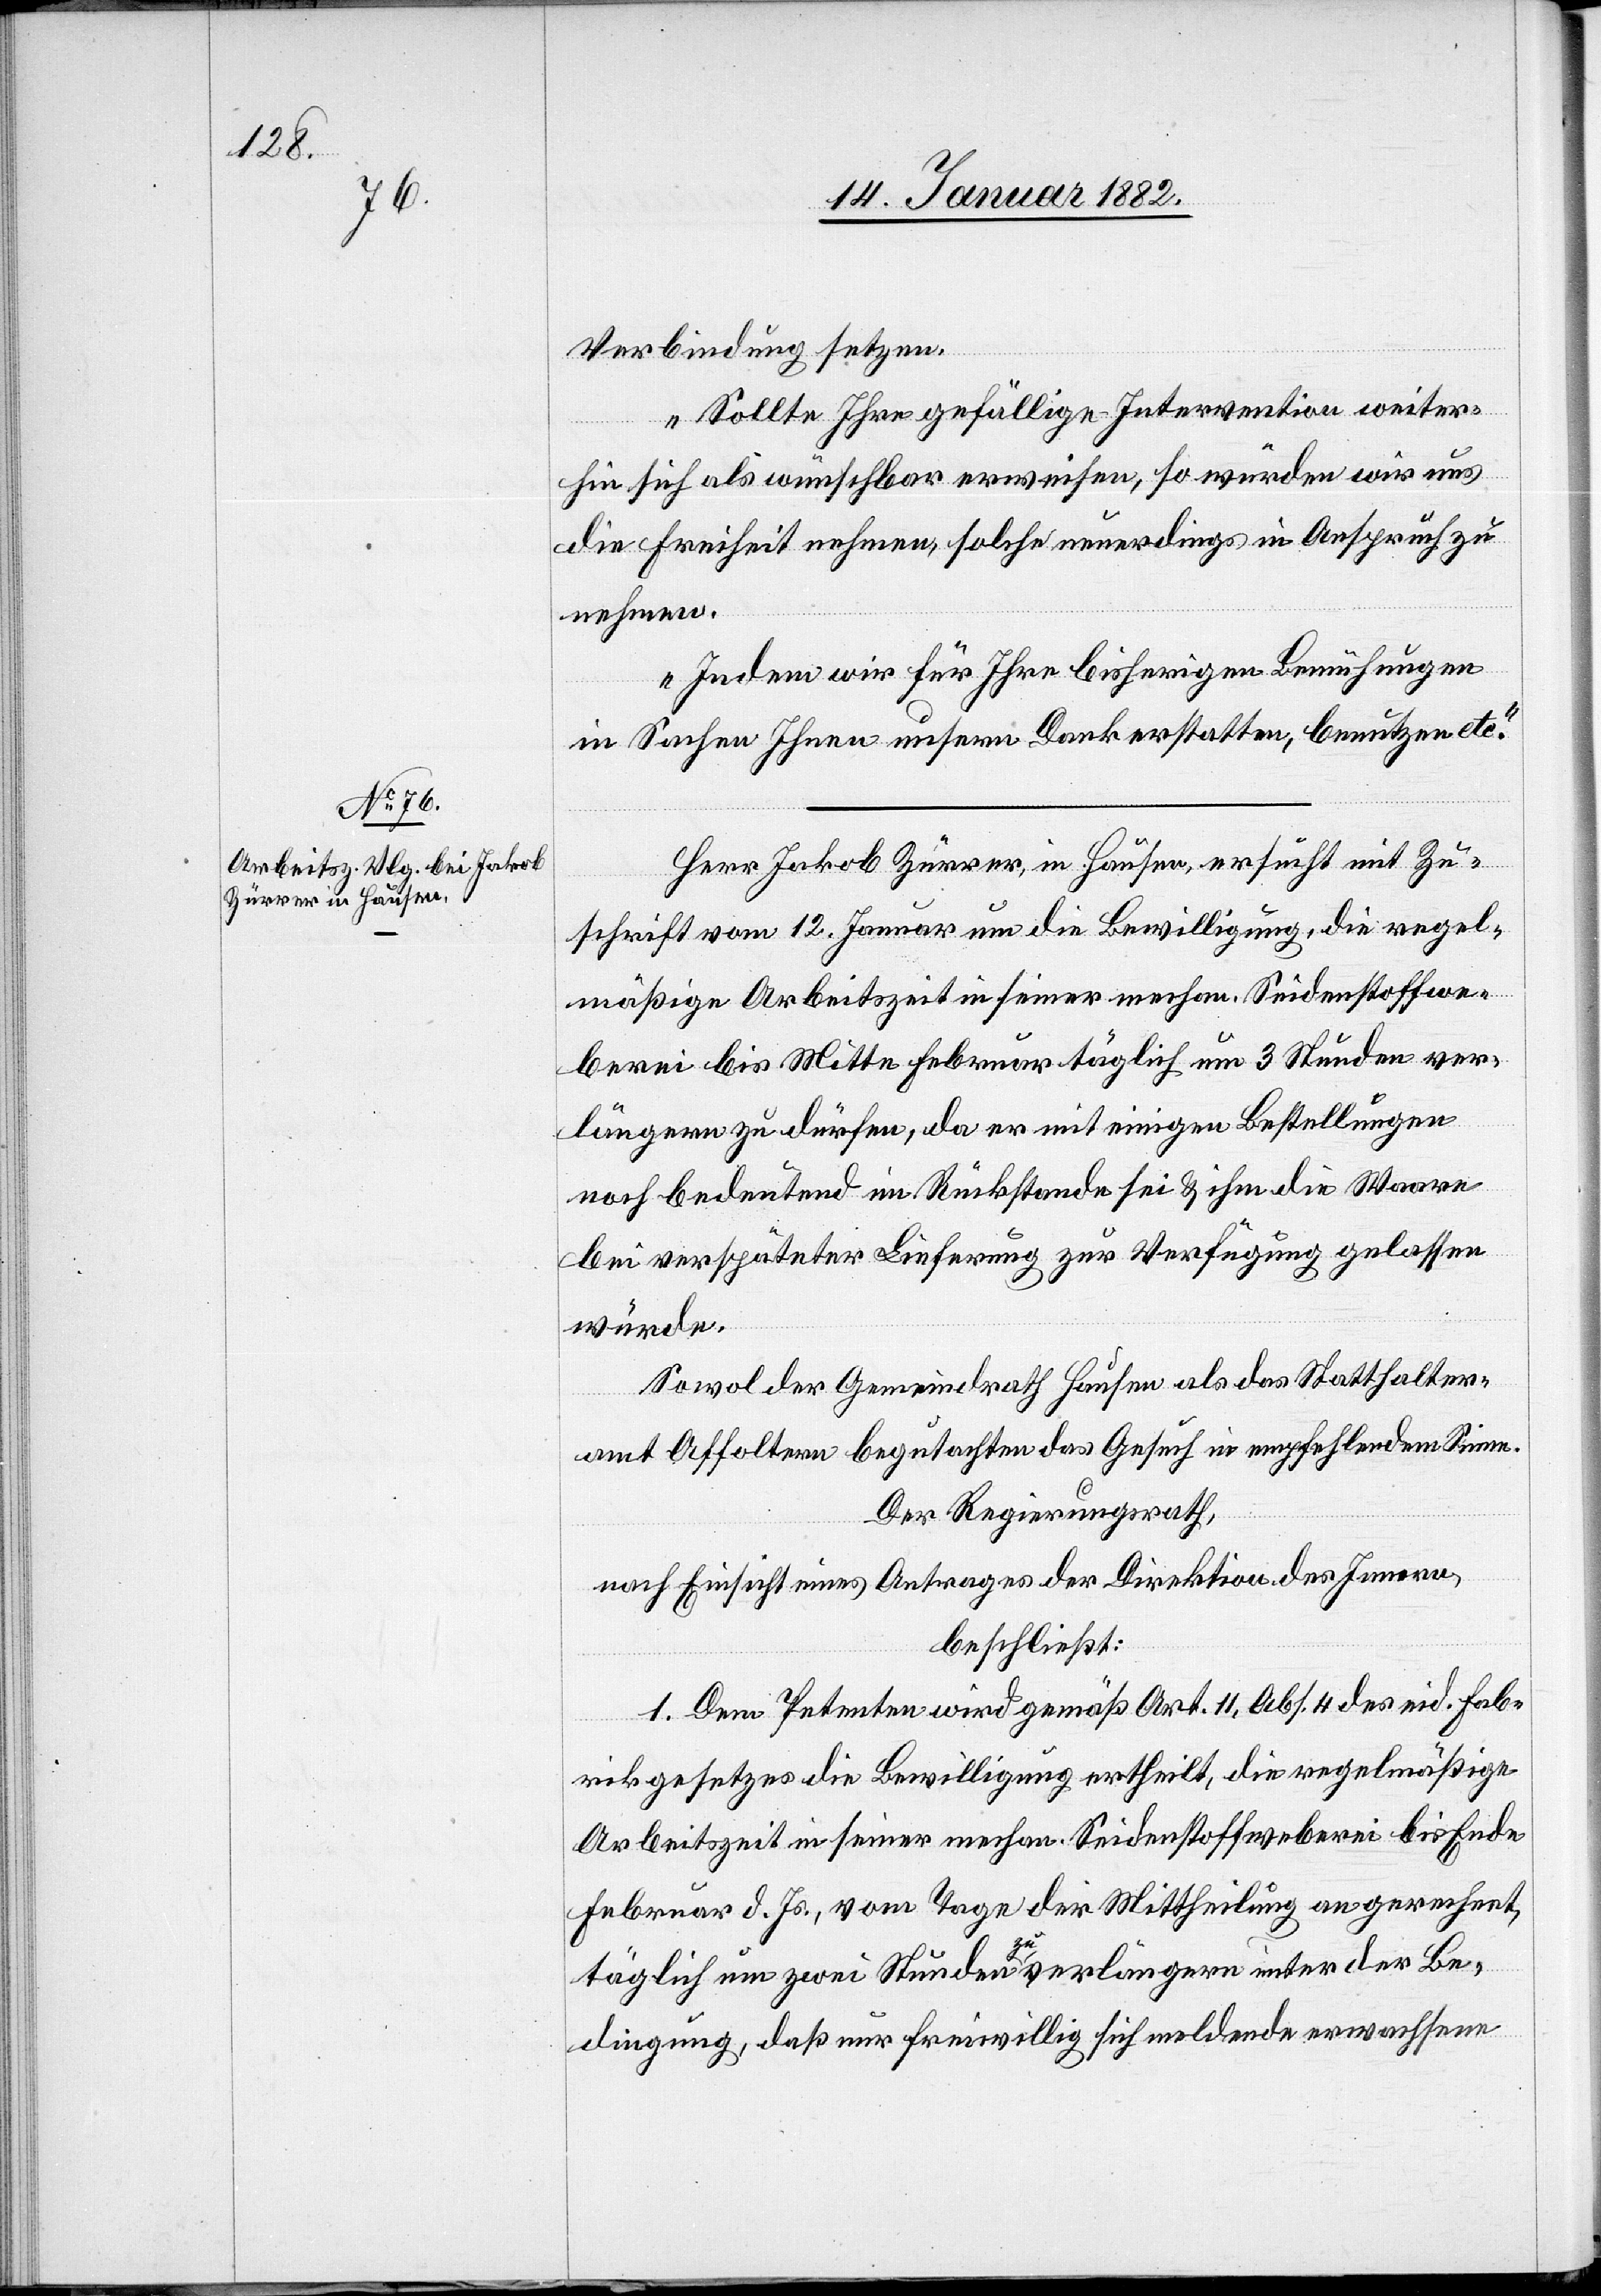
17. Januar 1882]
Verbindung setzen.
Sollte Ihre gefällige Intervention weiter¬
hin sich als wünschbar erweisen, so würden wir uns
die Freiheit nehmen, solche neuerdings in Anspruch zu
nehmen.
Indem wir für Ihre bisherigen Bemühungen
in Sachen Ihnen unseren Dank erstatten, benutzen etc.“
Herr Jakob Zürrer, in Hausen, ersucht mit Zu¬
schrift vom 12. Januar um die Bewilligung, die regel¬
mäßige Arbeitszeit in seiner mechan. Seidenstoffwe¬
berei bis Mitte Februar täglich um 3 Stunden ver¬
längern zu dürfen, da er mit einigen Bestellungen
noch bedeutend im Rückstande sei & ihm die Waare
bei verspäteter Lieferung zur Verfügung gelassen
würde.
Sowol der Gemeindrath Häusen als das Statthalter¬
amt Affoltern begutachten das Gesuch in empfehlendem Sinne.
Der Regierungsrath,
nach Einsicht eines Antrages der Direktion es Innern,
beschließt:
1. Dem Petenten wird gemäß Art. 11, Abs. 4 des eid. Fab¬
rikgesetzes die Bewilligung ertheilt, die regelmäßige
Arbeitszeit in seiner mechan. Seidenstoffweberei bis Ende
Februar d. Js., vom Tage der Mittheilung an gerechnet,
täglich um zwei Stunden zu verlängern unter der Be¬
dingung, daß nur freiwillig sich meldende erwachsene